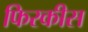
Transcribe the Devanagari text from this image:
फिरकीस